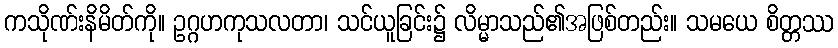
ကသိုဏ်းနိမိတ်ကို။ ဥဂ္ဂဟကုသလတာ၊ သင်ယူခြင်း၌ လိမ္မာသည်၏အဖြစ်တည်း။ သမယေ စိတ္တဿ